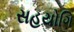
સહયોગિ